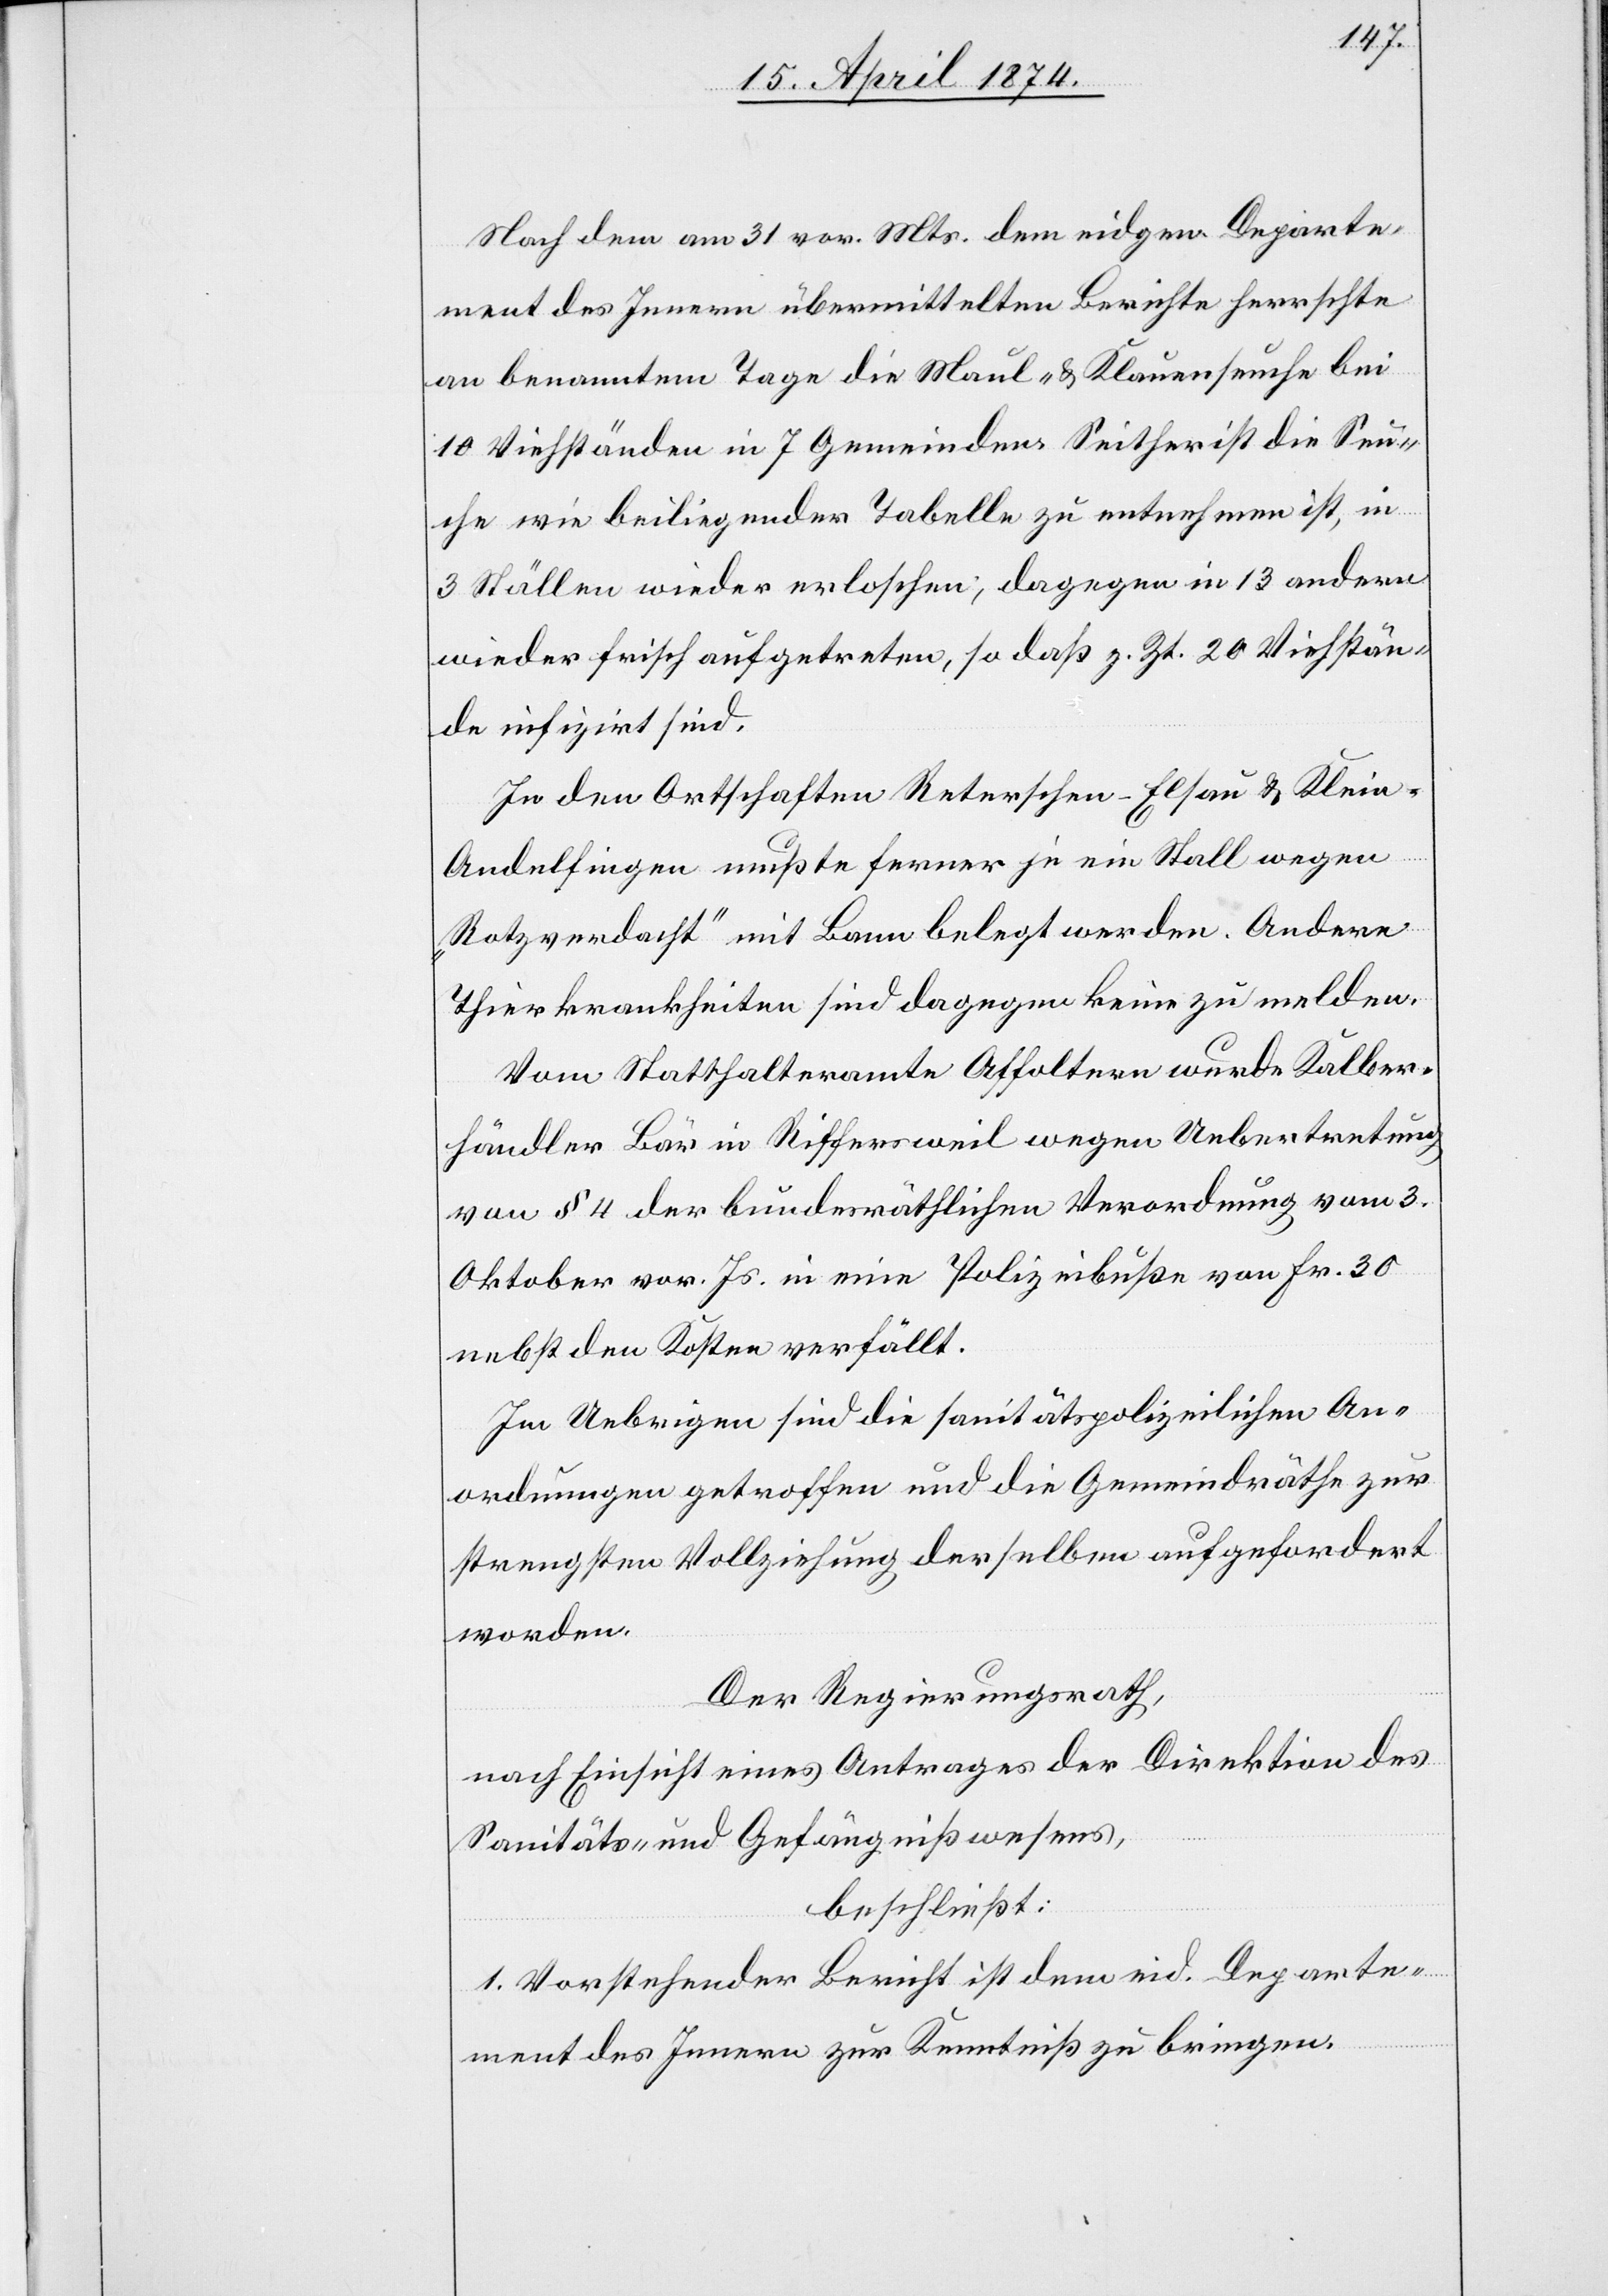
Nach dem am 31. vor. Mts. dem eidgen. Departe¬
ment des Innern übermittelten Berichte herrschte
an benanntem Tage die Maul- u. Klauenseuche bei
10 Viehständen in 7 Gemeinden. Seither ist die Seu¬
che wie beiliegender Tabelle zu entnehmen ist, in
3 Ställen wieder erloschen, dagegen in 13 andern
wieder frisch aufgetreten, so daß z. Zt. 20 Viehstän¬
de infizirt sind.
In den Ortschaften Reterschen-Elsau u. Klein-A¬
ndelfingen mußte ferner je ein Stall wegen
„Rotzverdacht“ mit Bann belegt werden. Andere
Thierkrankheiten sind dagegen keine zu melden.
Vom Statthalteramte Affoltern wurde Kalber¬
händler Bär in Riffersweil wegen Uebertretung
von § 4 der bundesräthlichen Verordnung vom 3.
Oktober vor. Js. in eine Polizeibuße von Fr. 30
nebst den Kosten verfällt.
Im Uebrigen sind die sanitätspolizeilichen An¬
ordnungen getroffen und die Gemeindräthe zur
strengsten Vollziehung derselben aufgefordert
worden.
Der Regierungsrath,
nach Einsicht eines Antrages der Direktion des
Sanitäts- und Gefängnißwesens,
beschließt:
1. Vorstehender Bericht ist dem eid. Departe¬
ment des Innern zur Kenntniß zu bringen.